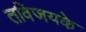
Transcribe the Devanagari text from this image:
तविजयके